Annual statistical returns and brief notes on vaccination in Bengal - 1887-1898
Year: 1887
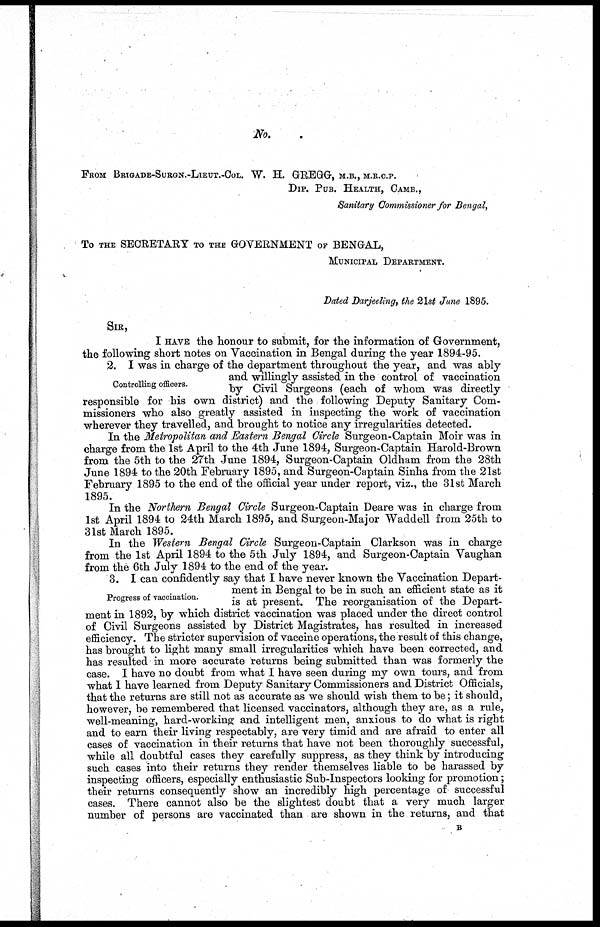
No.
FROM BRIGADE-SURGN.-LIEUT.-COL. W. H. GREGG, M.B., M.R.C.P.
DIP. PUB. HEALTH, CAMB.,
Sanitary Commissioner for Bengal,
To THE SECRETARY TO THE GOVERNMENT OF BENGAL,
MUNICIPAL DEPARTMENT.
Dated Darjeeling, the 21st June 1895.
SIR,
I HAVE the honour to submit, for the information of Government,
the following short notes on Vaccination in Bengal during the year 1894-95.
Controlling officers.
2. I was in charge of the department throughout the year, and was ably
and willingly assisted in the control of vaccination
by Civil Surgeons (each of whom was directly
responsible for his own district) and the following Deputy Sanitary Com-
missioners who also greatly assisted in inspecting the work of vaccination
wherever they travelled, and brought to notice any irregularities detected.
In the Metropolitan and Eastern Bengal Circle Surgeon-Captain Moir was in
charge from the 1st April to the 4th June 1894, Surgeon-Captain Harold-Brown
from the 5th to the 27th June 1894, Surgeon-Captain Oldham from the 28th
June 1894 to the 20th February 1895, and Surgeon-Captain Sinha from the 21st
February 1895 to the end of the official year under report, viz., the 31st March
1895.
In the Northern Bengal Circle Surgeon-Captain Deare was in charge from
1st April 1894 to 24th March 1895, and Surgeon-Major Waddell from 25th to
31st March 1895.
In the Western Bengal Circle Surgeon-Captain Clarkson was in charge
from the 1st April 1894 to the 5th July 1894, and Surgeon-Captain Vaughan
from the 6th July 1894 to the end of the year.
Progress of vaccination.
3. I can confidently say that I have never known the Vaccination Depart-
ment in Bengal to be in such an efficient state as it
is at present. The reorganisation of the Depart-
ment in 1892, by which district vaccination was placed under the direct control
of Civil Surgeons assisted by District Magistrates, has resulted in increased
efficiency. The stricter supervision of vaccine operations, the result of this change,
has brought to light many small irregularities which have been corrected, and
has resulted in more accurate returns being submitted than was formerly the
case. I have no doubt from what I have seen during my own tours, and from
what I have learned from Deputy Sanitary Commissioners and District Officials,
that the returns are still not as accurate as we should wish them to be; it should,
however, be remembered that licensed vaccinators, although they are, as a rule,
well-meaning, hard-working and intelligent men, anxious to do what is right
and to earn their living respectably, are very timid and are afraid to enter all
cases of vaccination in their returns that have not been thoroughly successful,
while all doubtful cases they carefully suppress, as they think by introducing
such cases into their returns they render themselves liable to be harassed by
inspecting officers, especially enthusiastic Sub-Inspectors looking for promotion;
their returns consequently show an incredibly high percentage of successful
cases. There cannot also be the slightest doubt that a very much larger
number of persons are vaccinated than are shown in the returns, and that
B